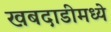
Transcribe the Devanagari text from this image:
खबदाडीमध्ये